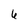
Character: 6